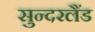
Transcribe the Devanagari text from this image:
सुन्दरलैंड